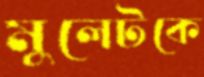
মুলেটকে